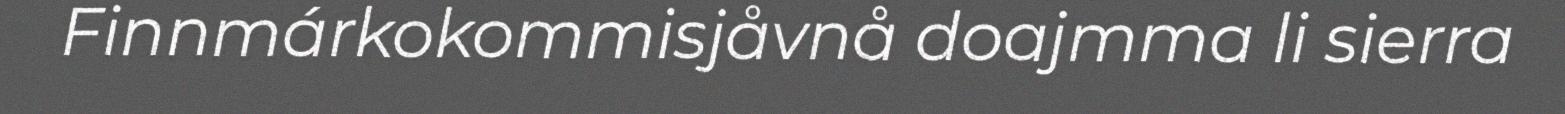
Finnmárkokommisjåvnå doajmma li sierra